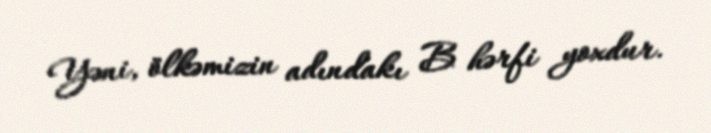
Yəni, ölkəmizin adındakı B hərfi yoxdur.